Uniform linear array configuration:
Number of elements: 32
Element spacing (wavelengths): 0.75
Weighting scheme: hann
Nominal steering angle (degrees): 45
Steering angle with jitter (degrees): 43.724
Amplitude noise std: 0.05
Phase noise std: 0.05

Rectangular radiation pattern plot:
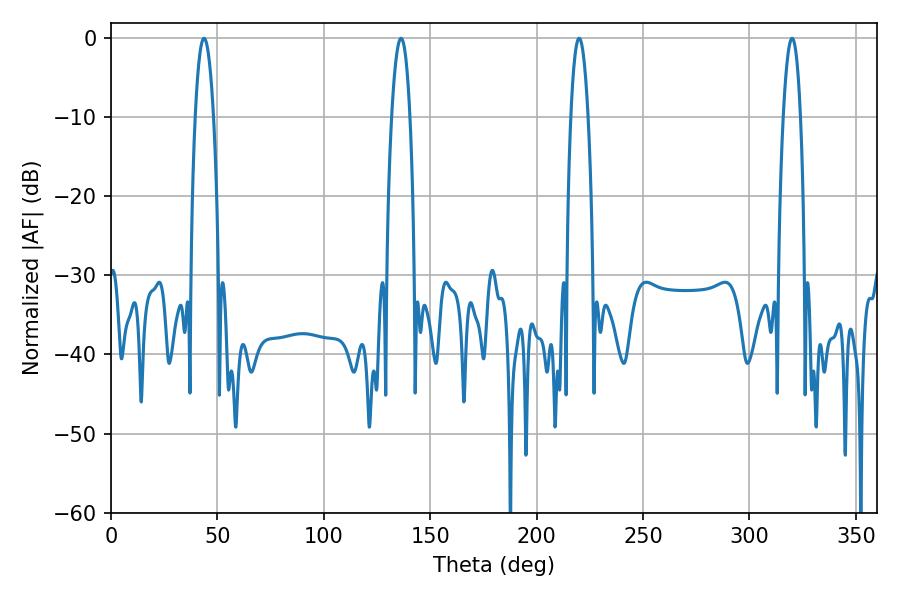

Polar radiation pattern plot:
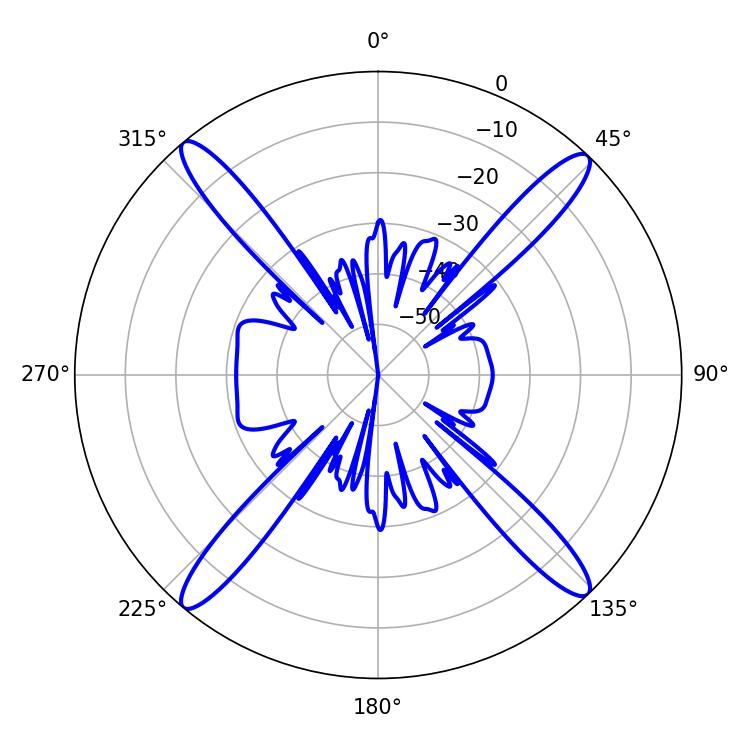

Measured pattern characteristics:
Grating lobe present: TRUE
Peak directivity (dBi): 21.273
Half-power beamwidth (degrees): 4.5
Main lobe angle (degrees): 219.96